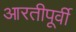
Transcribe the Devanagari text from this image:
आरतीपूर्वी